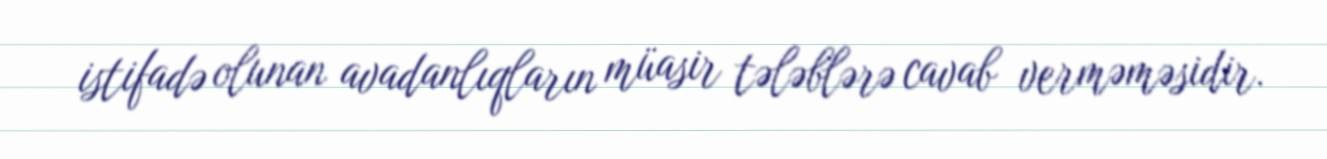
istifadə olunan avadanlıqların müasir tələblərə cavab verməməsidir.